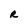
Character: R